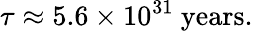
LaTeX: \tau\approx 5.6\times 10^{31}\ \mathrm{years}.